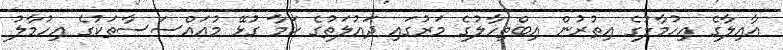
އާއިލާގެ އިހުމާލުގެ އިތުރުން އިބްތިހާލުގެ މަރުގައި ދައުލަތުގެ ކަމާ ގުޅޭ މުއަައްސަސާތަކުގެ އިހުމާލު